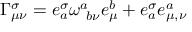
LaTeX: \Gamma _ { \mu \nu } ^ { \sigma } = e _ { a } ^ { \sigma } \omega _ { \ b \nu } ^ { a } e _ { \mu } ^ { b } + e _ { a } ^ { \sigma } e _ { \mu , \nu } ^ { a }